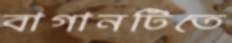
বাগানটিতে